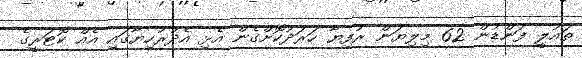
ތައުލީ ފަންޑުން 62 މިލިޔަން ރުފިޔާ ހަރަދުކޮށްގެން އެޅި އެދުރުހިޔާގައި އެއް ކޮޓަރީގެ